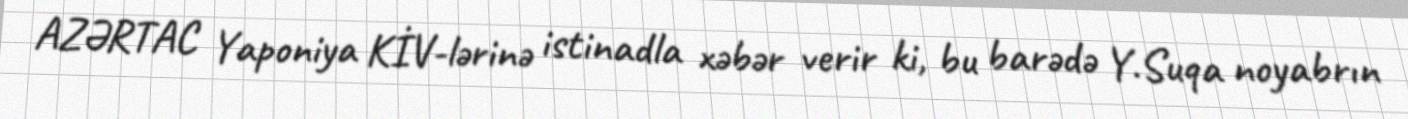
AZƏRTAC Yaponiya KİV-lərinə istinadla xəbər verir ki, bu barədə Y.Suqa noyabrın